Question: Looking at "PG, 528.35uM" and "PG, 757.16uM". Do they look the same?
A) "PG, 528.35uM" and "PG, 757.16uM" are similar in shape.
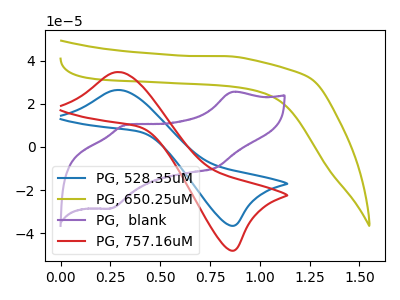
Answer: <think>The blue curve "PG, 528.35uM" has an anodic peak at (0.30V, 26.40uA) and a cathodic peak at (0.85V, -36.55uA). The olive curve "PG, 650.25uM" has no peaks. The purple curve "PG,  blank" has anodic peaks at (0.85V, 25.50uA) (0.35V, 10.25uA) and cathodic peaks at (0.80V, -9.60uA) (0.25V, -28.55uA). The red curve "PG, 757.16uM" has an anodic peak at (0.30V, 34.70uA) and a cathodic peak at (0.85V, -48.05uA).
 All the peaks in "PG, 528.35uM" have a peak in "PG, 757.16uM" at the same potential. Every peak in "PG, 528.35uM" is lower than every peak in "PG, 757.16uM".</think>
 <answer>A) "PG, 528.35uM" and "PG, 757.16uM" are similar in shape.</answer>
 <eval>A</eval>